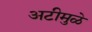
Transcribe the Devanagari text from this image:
अटीमुळे